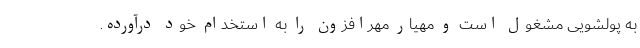
به پولشویی مشغول است و مهیار مهرافزون را به استخدام خود درآورده.